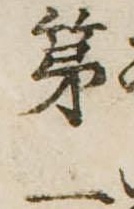
第一